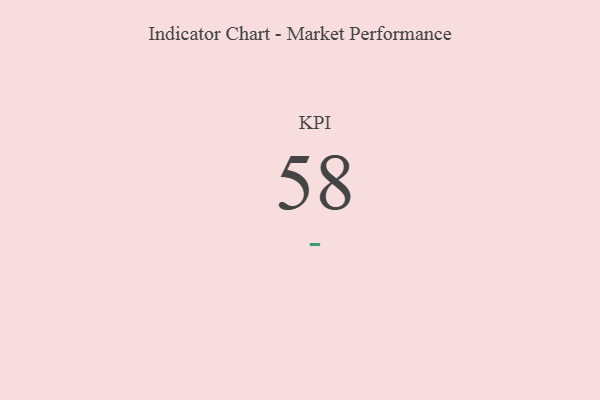
{"axis": {"x": "KPI", "y": "Value"}, "legend": [""], "data": [{"x": "KPI", "y": 58, "type": ""}]}